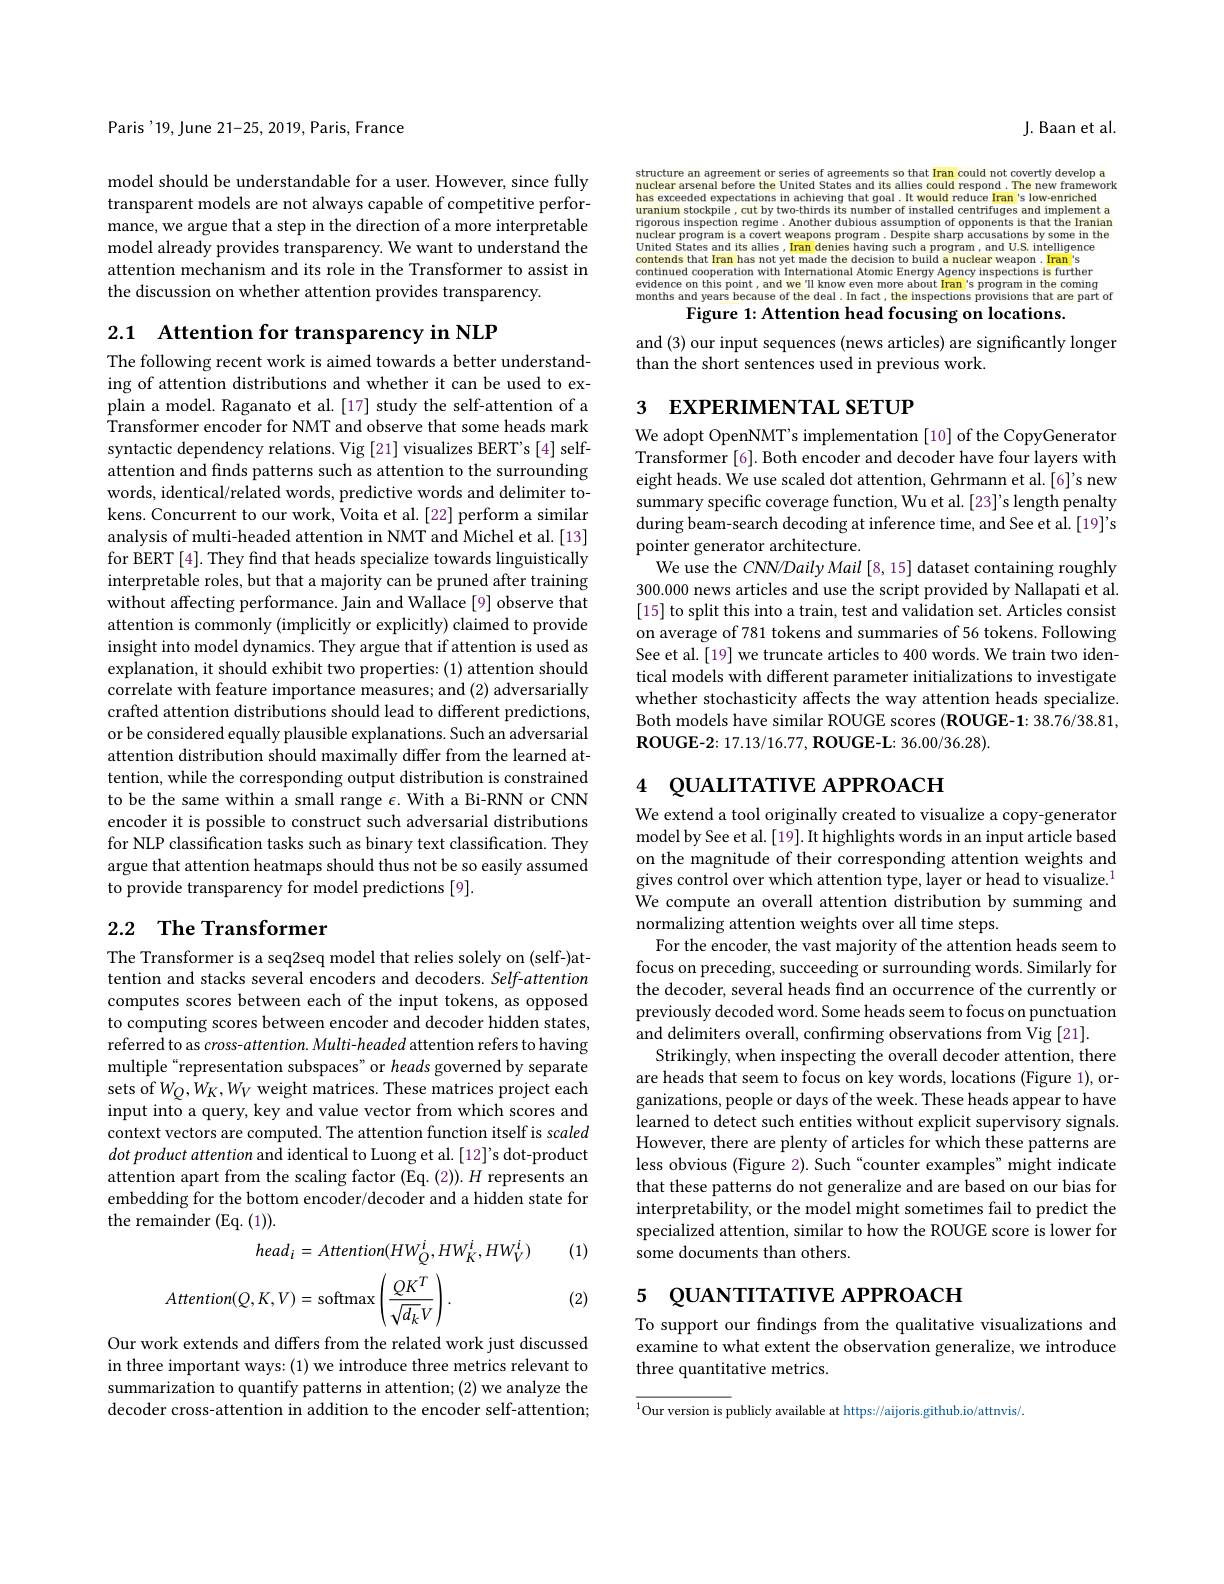
2.1 Attention for transparency in NLP
The following recent work is aimed towards a better understanding of attention distributions and whether it can be used to explain a model. Raganato et al. [17] study the self-attention of a Transformer encoder for NMT and observe that some heads mark syntactic dependency relations. Vig [21] visualizes BERT's [4] selfattention and finds patterns such as attention to the surrounding words, identical/related words, predictive words and delimiter tokens. Concurrent to our work, Voita et al. [22] perform a similar analysis of multi-headed attention in NMT and Michel et al.[13] for BERT [4]. They find that heads specialize towards linguistically interpretable roles, but that a majority can be pruned after training without affecting performance. Jain and Wallace[9] observe that attention is commonly (implicitly or explicitly) claimed to provide insight into model dynamics. They argue that if attention is used as explanation, it should exhibit two properties:(1) attention should correlate with feature importance measures; and (2) adversarially crafted attention distributions should lead to different predictions, or be considered equally plausible explanations. Such an adversarial attention distribution should maximally differ from the learned attention, while the corresponding output distribution is constrained to be the same within a small range $\epsilon$.With a Bi-RNN or CNN encoder it is possible to construct such adversarial distributions for NLP classification tasks such as binary text classification. They argue that attention heatmaps should thus not be so easily assumed to provide transparency for model predictions [9].

## 2.2 $\textbf{The Transformer}$

The Transformer is a seq2seq model that relies solely on (self-)attention and stacks several encoders and decoders. Self-attention computes scores between each of the input tokens, as opposed to computing scores between encoder and decoder hidden states, referred to as cross-attention. Multi-headed attention refers to having multiple“representation subspaces”or heads governed by separate sets of $W_Q,W_K,W_V$ weight matrices. These matrices project each $\tilde{\text{input into a query, key and value vector from which scores and}}$ context vectors are computed. The attention function itself is scaled dot product attention and identical to Luong et al. [12]'s dot-product attention apart from the scaling factor (Eq. (2)). $H$ represents an embedding for the bottom encoder/decoder and a hidden state for the remainder (Eq. (1)).

(1)
$$head_{i}=Attention(HW_{Q}^{i},HW_{K}^{i},HW_{V}^{i})$$
$$Attention(Q,K,V)=\mathrm{softmax}\left(\frac{QK^T}{\sqrt{d_k}V}\right).$$
(2)

Our work extends and differs from the related work just discussed in three important ways: (1) we introduce three metrics relevant to summarization to quantify patterns in attention; (2) we analyze the decoder cross-attention in addition to the encoder self-attention;

Paris '19, June 21-25, 2019, Paris, France

model should be understandable for a user. However, since fully transparent models are not always capable of competitive performance, we argue that a step in the direction of a more interpretable model already provides transparency. We want to understand the attention mechanism and its role in the Transformer to assist in the discussion on whether attention provides transparency.

J. Baan et al.

structure an agreement or series of agreements so that Iran could not covertly develop a nuclear arsenal before the United States and its allies could respond .The new framework has exceeded expectations in achieving that goal. It would reduce Iran' s low- enriched uranium stockpile, cut by two- thirds its number of installed centrifuges and implement riqamous inssnection reanother dubious assumption of onnonents is that rigorous inspection regime. Another dubious assumption of opponents is that the Iranian $\bar{\text{nuclear program is a covert weapons program. Despite sharp accusations by some in the}}$ United States and its allies, Iran denies having such a program , and U. S. intelligence contends that Iran has not yet made the decision to build a nuclear weapon . Iran' s continued cooperation with International Atomic Enerqy Aqency inspection continued cooperation with International Atomic Energy Agency inspections is further evidence
this point, and we "ll know even more about Iran's program in the coming
months and years because of the deal . In fact , the inspections provisions that are part of
Figure 1: Attention head focusing on locations.

and (3) our input sequences (news articles) are significantly longer
than the short sentences used in previous work.

# 3 EXPERIMENTAL SETUP

We adopt OpenNMT's implementation [10] of the CopyGenerator Transformer [6]. Both encoder and decoder have four layers with eight heads. We use scaled dot attention, Gehrmann et al.[6]'s new summary specific coverage function, Wu et al. [23]'s length penalty during beam-search decoding at inference time, and See et al. [19]'s pointer generator architecture.
We use the $CNN/DailyMail$ [8, 15] dataset containing roughly 300.000 news articles and use the script provided by Nallapati et al. [15] to split this into a train, test and validation set. Articles consist on average of 781 tokens and summaries of 56 tokens. Following See et al.[19] we truncate articles to 400 words. We train two identical models with different parameter initializations to investigate whether stochasticity affects the way attention heads specialize Both models have similar ROUGE scores (ROUGE-1: 38.76/38.81, $\mathbf{ROUGE-2:17.13/16.77,ROUGE-L:36.00/36.28}).$

# 4 QUALITATIVE APPROACH

We extend a tool originally created to visualize a copy-generator model by See et al. [19]. It highlights words in an input article based on the magnitude of their corresponding attention weights and gives control over which attention type, layer or head to visualize.$^1$ We compute an overall attention distribution by summing and normalizing attention weights over all time steps.
For the encoder, the vast majority of the attention heads seem to focus on preceding, succeeding or surrounding words. Similarly for the decoder, several heads find an occurrence of the currently or previously decoded word. Some heads seem to focus on punctuation and delimiters overall, confirming observations from Vig [21].
Strikingly, when inspecting the overall decoder attention, there are heads that seem to focus on key words, locations (Figure 1), organizations, people or days of the week. These heads appear to have learned to detect such entities without explicit supervisory signals. However, there are plenty of articles for which these patterns are less obvious (Figure 2). Such "counter examples" might indicate that these patterns do not generalize and are based on our bias for interpretability, or the model might sometimes fail to predict the specialized attention, similar to how the ROUGE score is lower for some documents than others.

# 5 QUANTITATIVE APPROACH

To support our findings from the qualitative visualizations and examine to what extent the observation generalize, we introduce three quantitative metrics.

$^{1}$Our version is publicly available at https://aijoris.github.io/attnvis/.